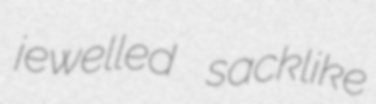
jewelled sacklike